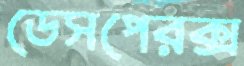
ডেসপেরক্স